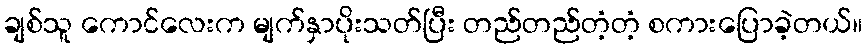
ချစ်သူ ကောင်လေးက မျက်နှာပိုးသတ်ပြီး တည်တည်တံ့တံ့ စကားပြောခဲ့တယ်။